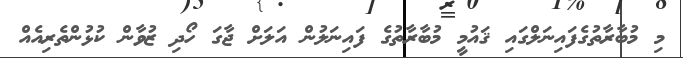
މި މުބާރާތުގެފައިނަލްގައި ޤައުމީ މުބާރާތުގެ ފައިނަލުން އަލަށް ޖާގަ ހޯދި ޒުވާން ކުޅުންތެރިއެއް